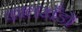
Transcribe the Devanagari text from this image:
कालखँडों